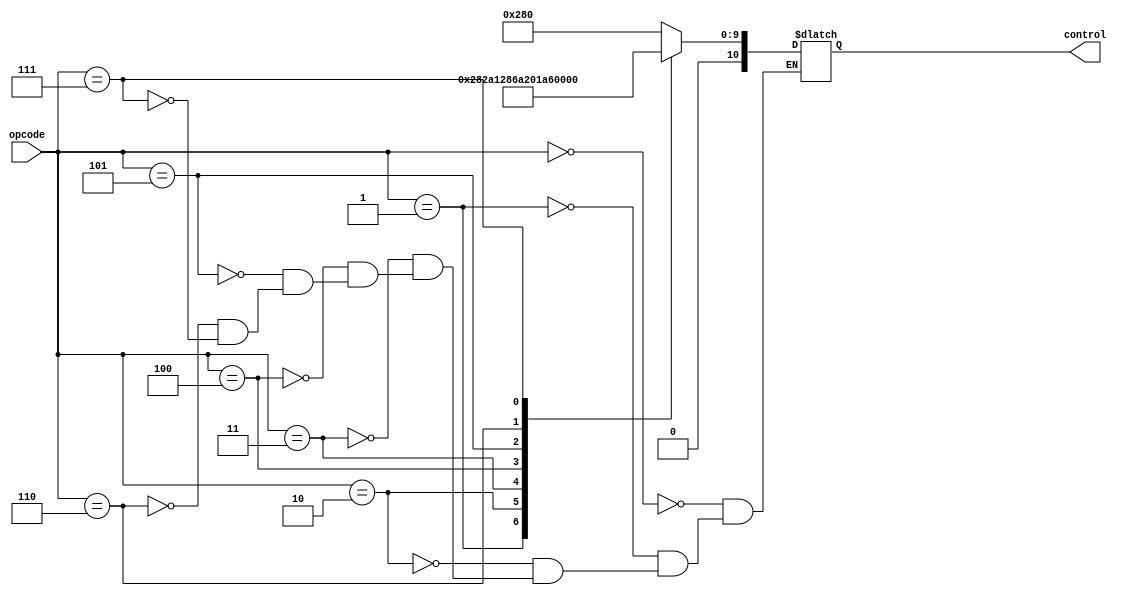
`timescale 1ns / 1ps
//////////////////////////////////////////////////////////////////////////////////
// Company: 
// Engineer: 
// 
// Design Name: 
// Module Name: Control_Unit
// Project Name: 
// Target Devices: 
// Tool Versions: 
// Description: 
// 
// Dependencies: 
// 
// Revision:
// Revision 0.01 - File Created
// Additional Comments:
//////////////////////////////////////////////////////////////////////////////////
 
module Control_Unit(opcode, control);

//inputs
input [3:0]opcode;

//outputs
output reg [10:0] control;

always @(*)
case(opcode)
//control
//Control Unit(opcode,control): RegDst(B or C select), 
//MemtoReg(select between memory or ALU Results), RegWrite(Load), Clear, MemWrite, Branch, ALUOp(3b), ALUSrc

//Add
0 : control = 10'b1_0_1_0_0_0_000_0;
//Sub 
1 : control = 10'b1_0_1_0_0_0_001_0;
//AND
2 : control = 10'b1_0_1_0_0_0_010_0;
//OR
3 : control = 10'b1_0_1_0_0_0_011_0;
//SLT
4 : control = 10'b1_0_1_0_0_0_100_0;
//BNE
5 : control = 10'b0_0_0_0_0_1_101_0;
//LW
6 : control = 10'b0_1_1_0_0_0_000_1;
//SW
7 : control = 10'b0_1_0_0_1_0_000_1;
 
endcase


endmodule